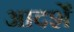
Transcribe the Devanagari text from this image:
आदर्शें